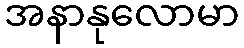
အနာနုလောမာ